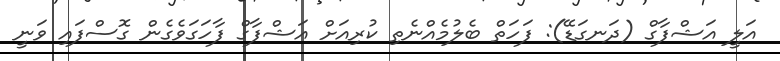
އަލީ އަޝްފާގް (ދަނގަޑޭ): ފަަހަތް ބެލުމެއްނެތި ކުރިއަށް އަޝްފާގް ފާހަގަވެގެން ގޮސްފައި ވަނީ